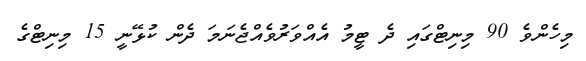
މިހެންވެ 90 މިނިޓްގައި ދެ ޓީމު އެއްވަރުވެއްޖެނަމަ ދެން ކުޅޭނީ 15 މިނިޓްގެ